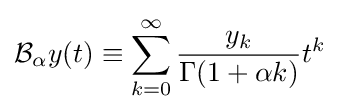
{\mathcal {B}}_{\alpha }y(t)\equiv \sum _{k=0}^{\infty }{\frac {y_{k}}{\Gamma (1+\alpha k)}}t^{k}